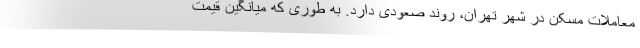
معاملات مسکن در شهر تهران، روند صعودی دارد. به طوری که میانگین قیمت